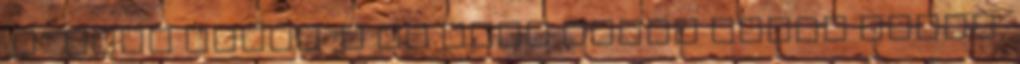
:P” Csak hajrá :D Én adok olyan három részt,